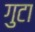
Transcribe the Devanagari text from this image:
गुटा